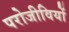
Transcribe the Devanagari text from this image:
परोजीवियों